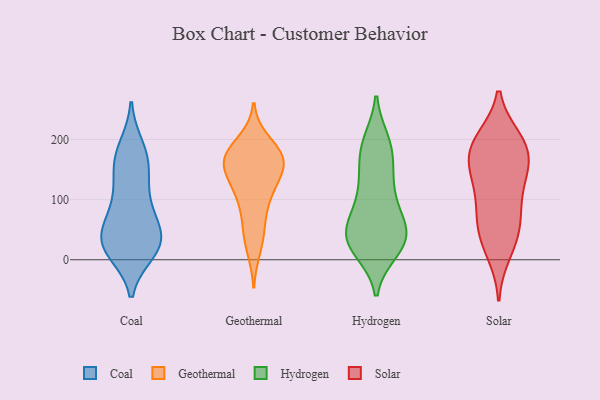
{"axis": {"x": "Production Output", "y": "Value"}, "legend": ["Coal", "Geothermal", "Hydrogen", "Solar"], "data": [{"x": "", "y": 156, "type": "Coal"}, {"x": "", "y": 89, "type": "Coal"}, {"x": "", "y": 22, "type": "Coal"}, {"x": "", "y": 133, "type": "Coal"}, {"x": "", "y": 23, "type": "Coal"}, {"x": "", "y": 75, "type": "Coal"}, {"x": "", "y": 176, "type": "Coal"}, {"x": "", "y": 48, "type": "Coal"}, {"x": "", "y": 14, "type": "Coal"}, {"x": "", "y": 36, "type": "Coal"}, {"x": "", "y": 26, "type": "Coal"}, {"x": "", "y": 163, "type": "Coal"}, {"x": "", "y": 23, "type": "Coal"}, {"x": "", "y": 186, "type": "Coal"}, {"x": "", "y": 101, "type": "Coal"}, {"x": "", "y": 40, "type": "Coal"}, {"x": "", "y": 105, "type": "Geothermal"}, {"x": "", "y": 17, "type": "Geothermal"}, {"x": "", "y": 157, "type": "Geothermal"}, {"x": "", "y": 162, "type": "Geothermal"}, {"x": "", "y": 61, "type": "Geothermal"}, {"x": "", "y": 129, "type": "Geothermal"}, {"x": "", "y": 171, "type": "Geothermal"}, {"x": "", "y": 170, "type": "Geothermal"}, {"x": "", "y": 197, "type": "Geothermal"}, {"x": "", "y": 127, "type": "Geothermal"}, {"x": "", "y": 44, "type": "Geothermal"}, {"x": "", "y": 169, "type": "Geothermal"}, {"x": "", "y": 182, "type": "Geothermal"}, {"x": "", "y": 99, "type": "Geothermal"}, {"x": "", "y": 156, "type": "Geothermal"}, {"x": "", "y": 83, "type": "Hydrogen"}, {"x": "", "y": 196, "type": "Hydrogen"}, {"x": "", "y": 126, "type": "Hydrogen"}, {"x": "", "y": 38, "type": "Hydrogen"}, {"x": "", "y": 16, "type": "Hydrogen"}, {"x": "", "y": 35, "type": "Hydrogen"}, {"x": "", "y": 83, "type": "Hydrogen"}, {"x": "", "y": 183, "type": "Hydrogen"}, {"x": "", "y": 36, "type": "Hydrogen"}, {"x": "", "y": 30, "type": "Hydrogen"}, {"x": "", "y": 193, "type": "Hydrogen"}, {"x": "", "y": 135, "type": "Hydrogen"}, {"x": "", "y": 27, "type": "Hydrogen"}, {"x": "", "y": 54, "type": "Hydrogen"}, {"x": "", "y": 140, "type": "Hydrogen"}, {"x": "", "y": 22, "type": "Hydrogen"}, {"x": "", "y": 44, "type": "Hydrogen"}, {"x": "", "y": 181, "type": "Hydrogen"}, {"x": "", "y": 83, "type": "Hydrogen"}, {"x": "", "y": 72, "type": "Solar"}, {"x": "", "y": 68, "type": "Solar"}, {"x": "", "y": 166, "type": "Solar"}, {"x": "", "y": 120, "type": "Solar"}, {"x": "", "y": 41, "type": "Solar"}, {"x": "", "y": 144, "type": "Solar"}, {"x": "", "y": 146, "type": "Solar"}, {"x": "", "y": 200, "type": "Solar"}, {"x": "", "y": 12, "type": "Solar"}, {"x": "", "y": 35, "type": "Solar"}, {"x": "", "y": 193, "type": "Solar"}, {"x": "", "y": 161, "type": "Solar"}, {"x": "", "y": 193, "type": "Solar"}, {"x": "", "y": 94, "type": "Solar"}, {"x": "", "y": 195, "type": "Solar"}]}